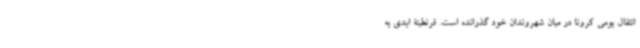
انتقال بومی کرونا در میان شهروندان خود گذرانده است. قرنطینۀ ابدی به